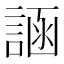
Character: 𬢲